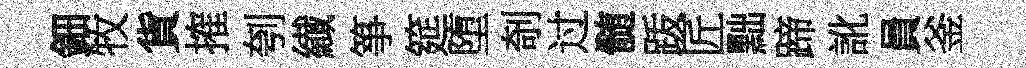
鈿牧貨搉刳纎箏筵堕剞过髄䟦匠黜蹄訛員釜